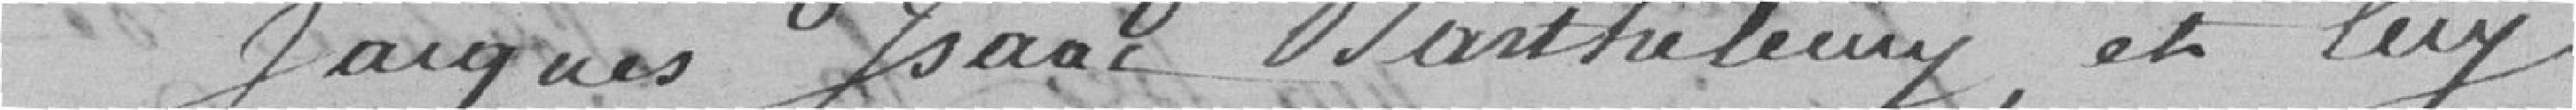
Jacques Isaac Barthelemy, et lui